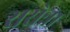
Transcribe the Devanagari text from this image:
रासेन्ना